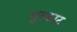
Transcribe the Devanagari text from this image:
भुस्काट